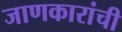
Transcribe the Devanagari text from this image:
जाणकारांची